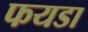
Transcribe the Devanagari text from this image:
फयडा